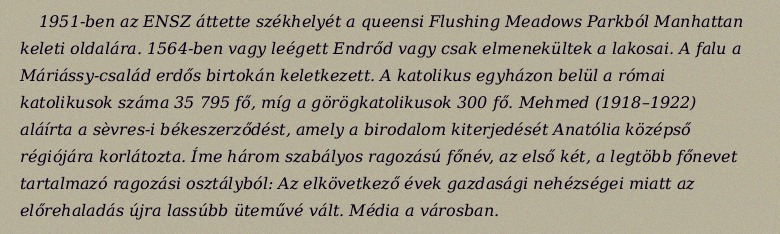
1951-ben az ENSZ áttette székhelyét a queensi Flushing Meadows Parkból Manhattan keleti oldalára. 1564-ben vagy leégett Endrőd vagy csak elmenekültek a lakosai. A falu a Máriássy-család erdős birtokán keletkezett. A katolikus egyházon belül a római katolikusok száma 35 795 fő, míg a görögkatolikusok 300 fő. Mehmed (1918–1922) aláírta a sèvres-i békeszerződést, amely a birodalom kiterjedését Anatólia középső régiójára korlátozta. Íme három szabályos ragozású főnév, az első két, a legtöbb főnevet tartalmazó ragozási osztályból: Az elkövetkező évek gazdasági nehézségei miatt az előrehaladás újra lassúbb üteművé vált. Média a városban.